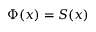
\Phi ( x ) = S ( x )